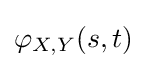
\varphi _{X,Y}(s,t)